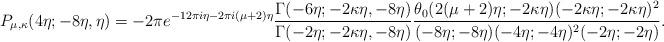
LaTeX: \begin{align*}P_{\mu, \kappa}(4\eta; -8\eta, \eta) = -2 \pi e^{-12\pi i \eta - 2\pi i (\mu + 2)\eta} \frac{\Gamma(-6\eta; -2\kappa\eta, -8\eta)}{\Gamma(-2\eta; -2\kappa\eta, -8\eta)} \frac{\theta_0(2(\mu + 2)\eta; -2\kappa\eta) (-2\kappa \eta; -2\kappa\eta)^2}{(-8\eta; -8\eta) (-4\eta; -4\eta)^2 (-2\eta; -2\eta)}.\end{align*}